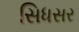
સિધસર